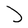
Character: J